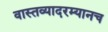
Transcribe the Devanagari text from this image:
वास्तव्यादरम्यानच